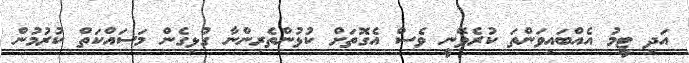
އަދި ޓީމު އެއްބައިވަންތަ ކުރެވޭނީ ވެސް އެގޮތަށް ކުޅުންތެރިންނާ ގުޅިގެން މަސައްކަތް ކުރުމުން